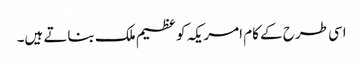
اسی طرح کے کام امریکہ کو عظیم ملک بناتے ہیں۔